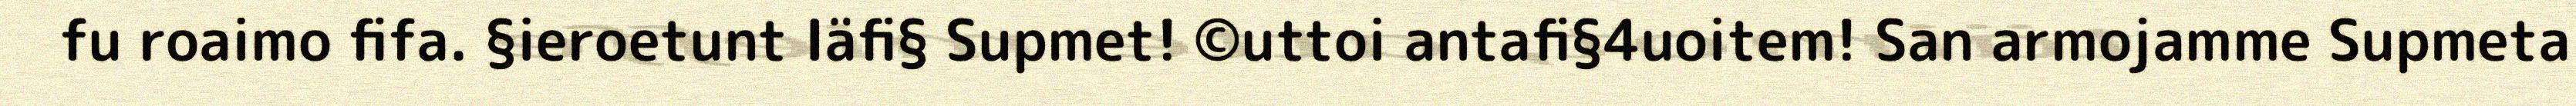
fu roaimo fifa. §ieroetunt Iäfi§ Supmet! ©uttoi antafi§4uoitem! San armojamme Supmeta